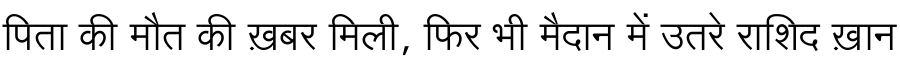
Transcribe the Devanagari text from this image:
पिता की मौत की ख़बर मिली, फिर भी मैदान में उतरे राशिद ख़ान